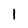
Character: 1